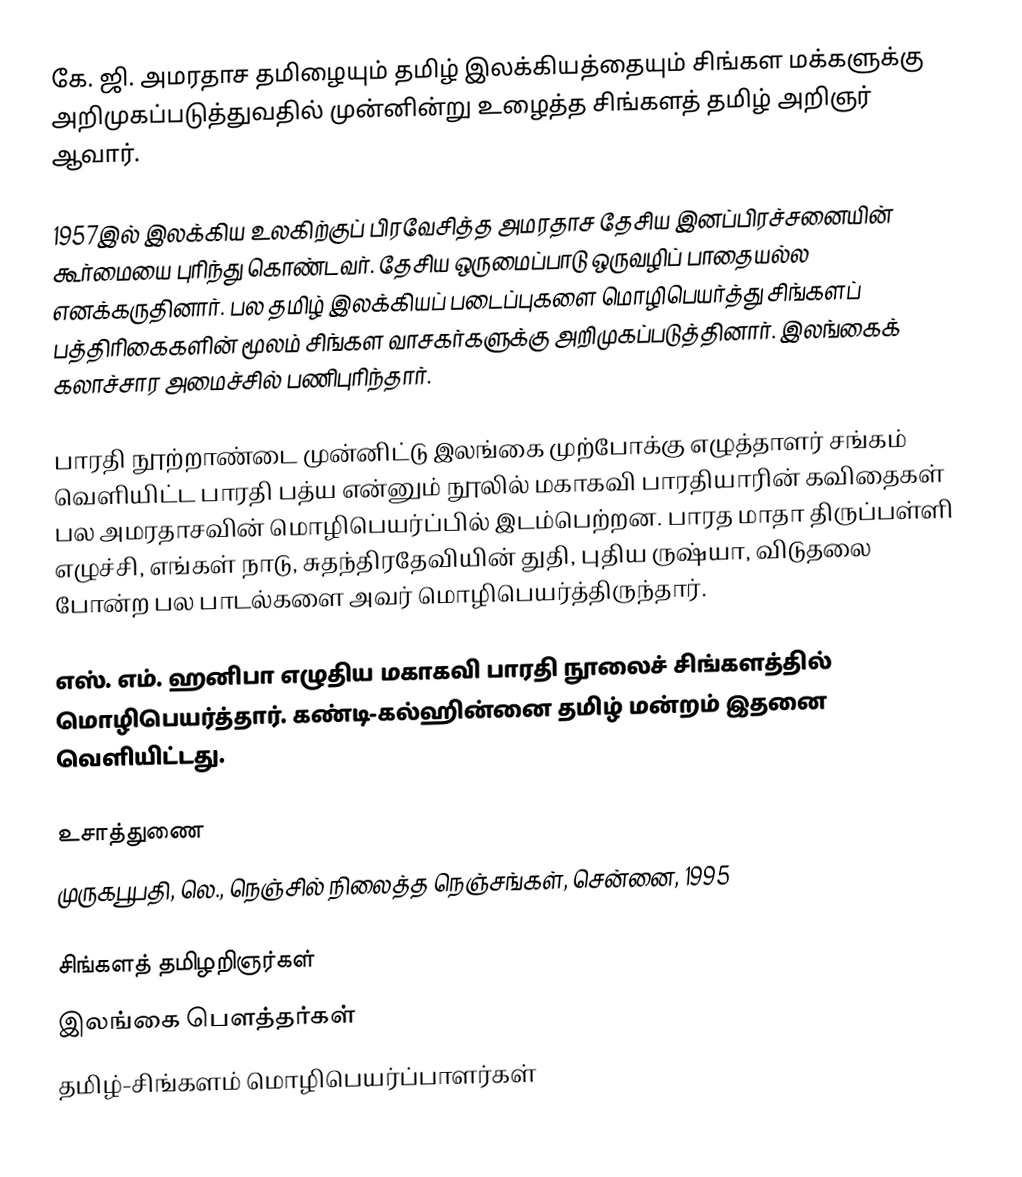
கே. ஜி. அமரதாச தமிழையும் தமிழ் இலக்கியத்தையும் சிங்கள மக்களுக்கு அறிமுகப்படுத்துவதில் முன்னின்று உழைத்த சிங்களத் தமிழ் அறிஞர் ஆவார்.

1957இல் இலக்கிய உலகிற்குப் பிரவேசித்த அமரதாச தேசிய இனப்பிரச்சனையின் கூர்மையை புரிந்து கொண்டவர். தேசிய ஒருமைப்பாடு ஒருவழிப் பாதையல்ல எனக்கருதினார். பல தமிழ் இலக்கியப் படைப்புகளை மொழிபெயர்த்து சிங்களப் பத்திரிகைகளின் மூலம் சிங்கள வாசகர்களுக்கு அறிமுகப்படுத்தினார். இலங்கைக் கலாச்சார அமைச்சில் பணிபுரிந்தார்.

பாரதி நூற்றாண்டை முன்னிட்டு இலங்கை முற்போக்கு எழுத்தாளர் சங்கம் வெளியிட்ட பாரதி பத்ய என்னும் நூலில் மகாகவி பாரதியாரின் கவிதைகள் பல அமரதாசவின் மொழிபெயர்ப்பில் இடம்பெற்றன. பாரத மாதா திருப்பள்ளி எழுச்சி, எங்கள் நாடு, சுதந்திரதேவியின் துதி, புதிய ருஷ்யா, விடுதலை போன்ற பல பாடல்களை அவர் மொழிபெயர்த்திருந்தார்.

எஸ். எம். ஹனிபா எழுதிய மகாகவி பாரதி நூலைச் சிங்களத்தில் மொழிபெயர்த்தார். கண்டி-கல்ஹின்னை தமிழ் மன்றம் இதனை வெளியிட்டது.

உசாத்துணை
முருகபூபதி, லெ., நெஞ்சில் நிலைத்த நெஞ்சங்கள், சென்னை, 1995

சிங்களத் தமிழறிஞர்கள்
இலங்கை பௌத்தர்கள்
தமிழ்-சிங்களம் மொழிபெயர்ப்பாளர்கள்